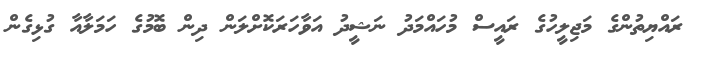
ރައްޔިތުންގެ މަޖިލީހުގެ ރައީސް މުހައްމަދު ނަޝީދު އަވާހަރަކޮށްލަން ދިން ބޮމުގެ ހަމަލާއާ ގުޅިގެން